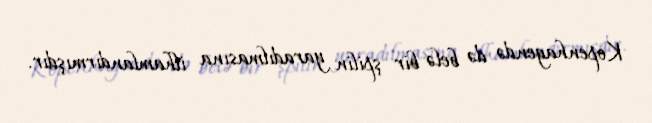
Kopenhagendə də belə bir şpilin yaradılmasına ilhamlandırmışdır.